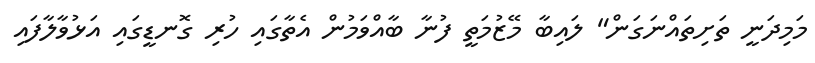
މަމިދަނީ ތަށިތައްނަގަން" ލައިބާ މޭޒުމަތީ ފުނާ ބާއްވަމުން އެތާގައި ހުރި ގޮނޑީގައި އަޅުވާލާފައި